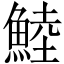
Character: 鯥